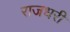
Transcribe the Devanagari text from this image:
राजधरी